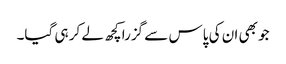
جو بھی ان کی پاس سے گزرا کچھ لے کر ہی گیا۔